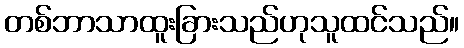
တစ်ဘာသာထူးခြားသည်ဟုသူထင်သည်။